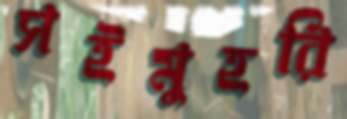
সইমুহরি